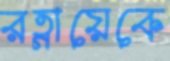
রত্নায়েকে